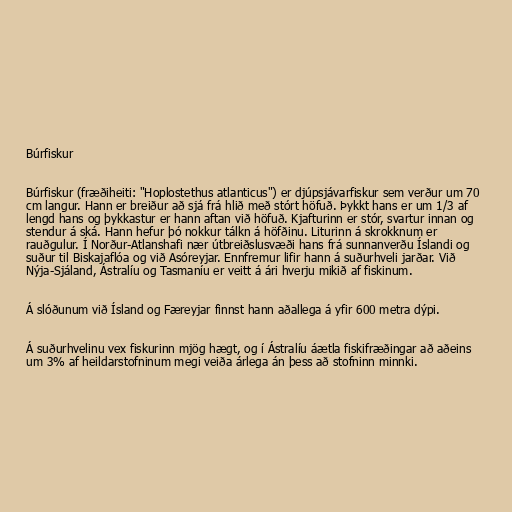
Búrfiskur

Búrfiskur (fræðiheiti: "Hoplostethus atlanticus") er djúpsjávarfiskur sem verður um 70
cm langur. Hann er breiður að sjá frá hlið með stórt höfuð. Þykkt hans er um 1/3 af
lengd hans og þykkastur er hann aftan við höfuð. Kjafturinn er stór, svartur innan og
stendur á ská. Hann hefur þó nokkur tálkn á höfðinu. Liturinn á skrokknum er
rauðgulur. Í Norður-Atlanshafi nær útbreiðslusvæði hans frá sunnanverðu Íslandi og
suður til Biskajaflóa og við Asóreyjar. Ennfremur lifir hann á suðurhveli jarðar. Við
Nýja-Sjáland, Ástralíu og Tasmaníu er veitt á ári hverju mikið af fiskinum.

Á slóðunum við Ísland og Færeyjar finnst hann aðallega á yfir 600 metra dýpi.

Á suðurhvelinu vex fiskurinn mjög hægt, og í Ástralíu áætla fiskifræðingar að aðeins
um 3% af heildarstofninum megi veiða árlega án þess að stofninn minnki.